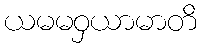
ယမမဝှယာမာတိ